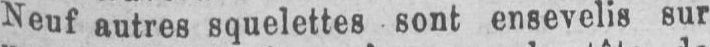
Neuf autres squelettes sont ensevelis sur